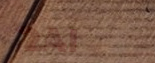
24/7